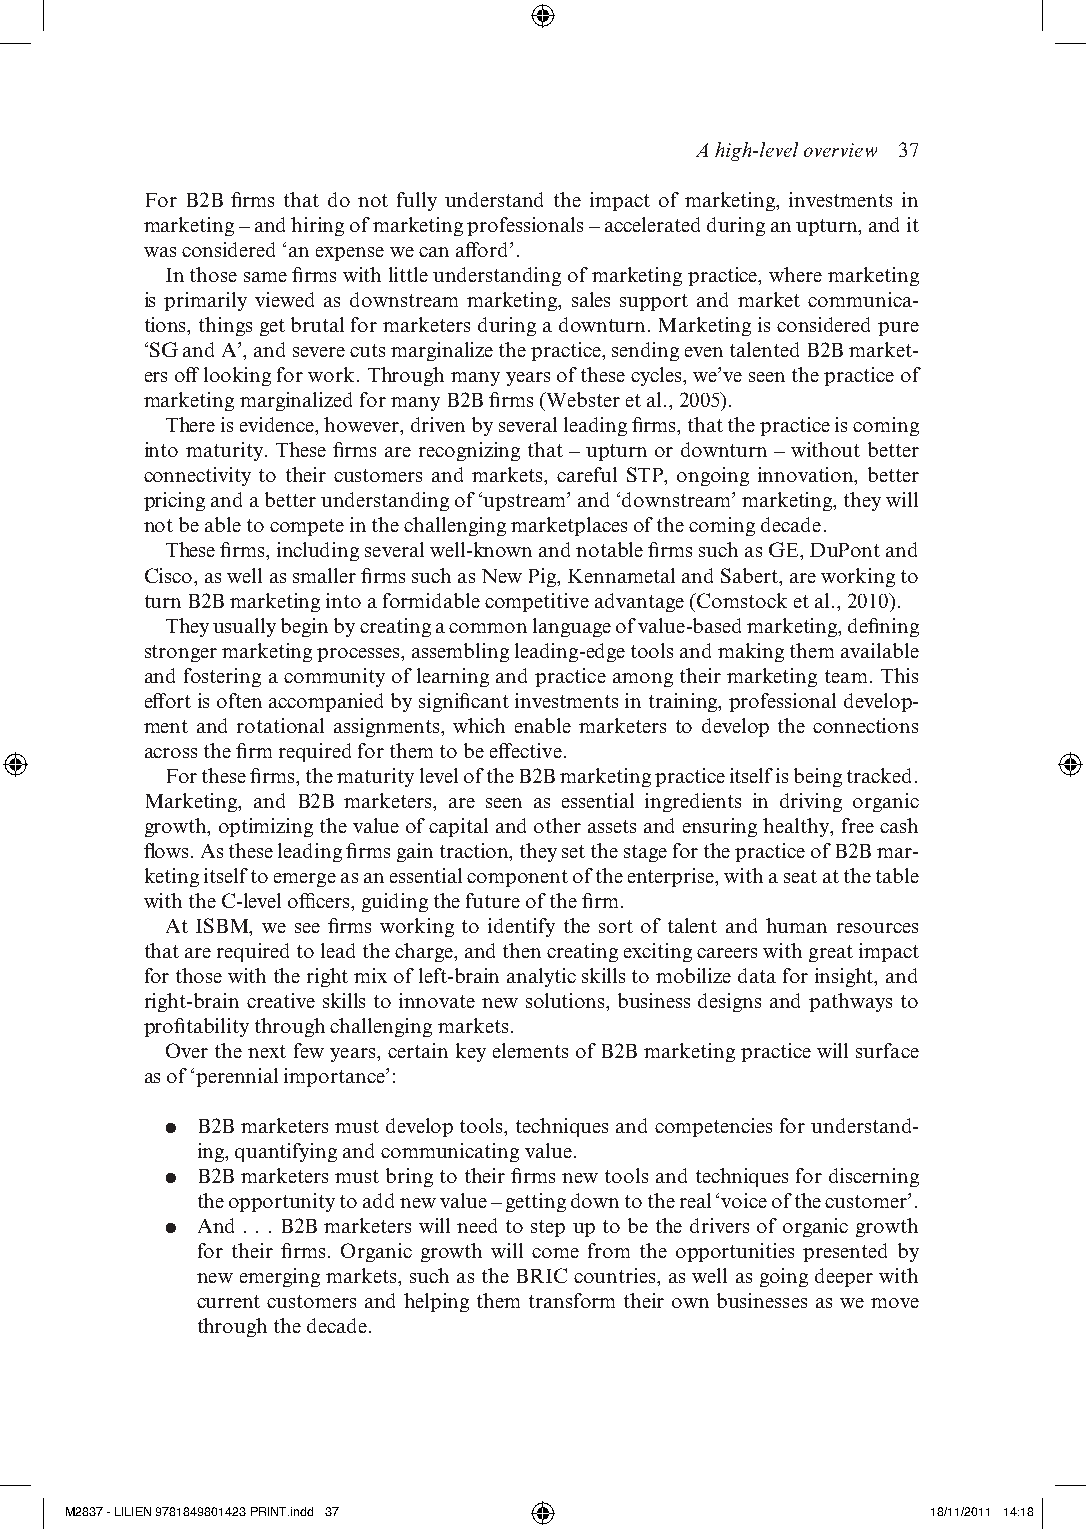
A high- level overview 37
 For b2b firms that do not fully understand the impact of marketing, investments in
 marketing – and hiring of marketing professionals – accelerated during an upturn, and it
 was considered ‘an expense we can afford’.
 in those same firms with little understanding of marketing practice, where marketing
 is primarily viewed as downstream marketing, sales support and market communica-
 tions, things get brutal for marketers during a downturn. Marketing is considered pure
 ‘sg and a’, and severe cuts marginalize the practice, sending even talented b2b market-
 ers off looking for work. through many years of these cycles, we’ve seen the practice of
 marketing marginalized for many b2b firms (Webster et al., 2005).
 there is evidence, however, driven by several leading firms, that the practice is coming
 into maturity. these firms are recognizing that – upturn or downturn – without better
 connectivity to their customers and markets, careful stP, ongoing innovation, better
 pricing and a better understanding of ‘upstream’ and ‘downstream’ marketing, they will
 not be able to compete in the challenging marketplaces of the coming decade.
 these firms, including several well-k nown and notable firms such as ge, duPont and
 Cisco, as well as smaller firms such as new Pig, kennametal and sabert, are working to
 turn b2b marketing into a formidable competitive advantage (Comstock et al., 2010).
 they usually begin by creating a common language of value-b ased marketing, defining
 stronger marketing processes, assembling leading-e dge tools and making them available
 and fostering a community of learning and practice among their marketing team. this
 effort is often accompanied by significant investments in training, professional develop-
 ment and rotational assignments, which enable marketers to develop the connections
 across the firm required for them to be effective.
 For these firms, the maturity level of the b2b marketing practice itself is being tracked.
 Marketing, and b2b marketers, are seen as essential ingredients in driving organic
 growth, optimizing the value of capital and other assets and ensuring healthy, free cash
 flows. as these leading firms gain traction, they set the stage for the practice of b2b mar-
 keting itself to emerge as an essential component of the enterprise, with a seat at the table
 with the C- level officers, guiding the future of the firm.
 at isbM, we see firms working to identify the sort of talent and human resources
 that are required to lead the charge, and then creating exciting careers with great impact
 for those with the right mix of left-b rain analytic skills to mobilize data for insight, and
 right- brain creative skills to innovate new solutions, business designs and pathways to
 profitability through challenging markets.
 over the next few years, certain key elements of b2b marketing practice will surface
 as of ‘perennial importance’:
 ●● b2b marketers must develop tools, techniques and competencies for understand-
 ing, quantifying and communicating value.
 ●● b2b marketers must bring to their firms new tools and techniques for discerning
 the opportunity to add new value – getting down to the real ‘voice of the customer’.
 ●● and . . . b2b marketers will need to step up to be the drivers of organic growth
 for their firms. organic growth will come from the opportunities presented by
 new emerging markets, such as the briC countries, as well as going deeper with
 current customers and helping them transform their own businesses as we move
 through the decade.
 M2837 - LILIEN 9781849801423 PRINT.indd 37                18/11/2011 14:18